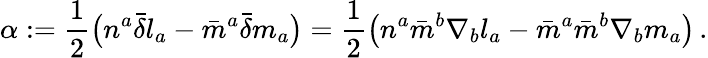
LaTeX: \alpha:={\frac{1}{2}}{\big(}n^{a}{\bar{\delta}}l_{a}-{\bar{m}}^{a}{\bar{\delta}}m_{a}{\big)}={\frac{1}{2}}{\big(}n^{a}{\bar{m}}^{b}\nabla_{b}l_{a}-{\bar{m}}^{a}{\bar{m}}^{b}\nabla_{b}m_{a}{\big)}\, .